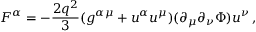
F ^ { \alpha } = - \frac { 2 q ^ { 2 } } 3 ( g ^ { \alpha \mu } + u ^ { \alpha } u ^ { \mu } ) ( \partial _ { \mu } \partial _ { \nu } \Phi ) u ^ { \nu } \, ,